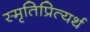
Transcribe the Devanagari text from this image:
स्मृतिप्रित्यर्थ